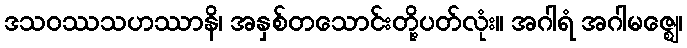
ဒသဝဿသဟဿာနိ၊ အနှစ်တသောင်းတို့ပတ်လုံး။ အဂါရံ အဂါမဇ္ဈေ၊